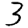
Digit: 3